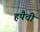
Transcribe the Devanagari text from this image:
हपैची